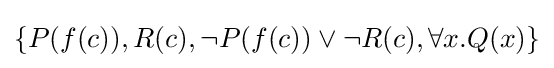
\{P(f(c)),R(c),\neg P(f(c))\lor \neg R(c),\forall x.Q(x)\}